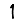
Digit: 1